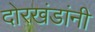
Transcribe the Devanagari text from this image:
दोरखंडांनी